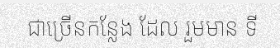
ជាច្រើនកន្លែង ដែល រួមមាន ទី